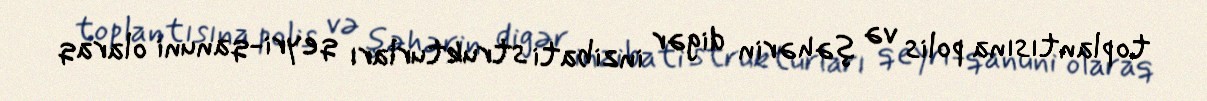
toplantısına polis və şəhərin digər inzibati strukturları qeyri-qanuni olaraq